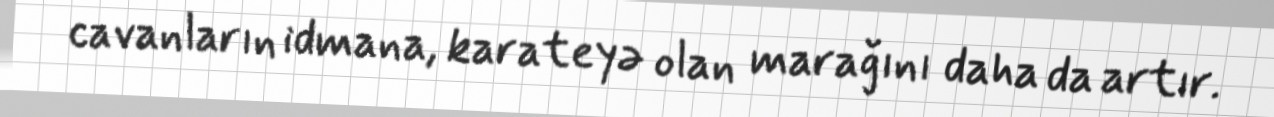
cavanların idmana, karateyə olan marağını daha da artır.